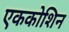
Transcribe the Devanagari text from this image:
एककोशिन